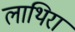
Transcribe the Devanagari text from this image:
लाथिरा